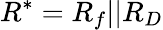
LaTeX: R^{*}=R_{f}||R_{D}